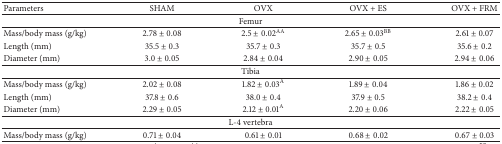
<table><thead><tr><td><b>Parameters</b></td><td><b>SHAM</b></td><td><b>OVX</b></td><td><b>OVX + ES</b></td><td><b>OVX + FRM</b></td></tr></thead><tbody><tr><td colspan="5">Femur</td></tr><tr><td>Mass/body mass (g/kg)</td><td>2.78 ± 0.08</td><td>2.5 ± 0.02<sup>AA</sup></td><td>2.65 ± 0.03<sup>BB</sup></td><td>2.61 ± 0.07</td></tr><tr><td>Length (mm)</td><td>35.5 ± 0.3</td><td>35.7 ± 0.3</td><td>35.7 ± 0.5</td><td>35.6 ± 0.2</td></tr><tr><td>Diameter (mm)</td><td>3.0 ± 0.05</td><td>2.84 ± 0.04</td><td>2.90 ± 0.05</td><td>2.94 ± 0.06</td></tr><tr><td colspan="5">Tibia</td></tr><tr><td>Mass/body mass (g/kg)</td><td>2.02 ± 0.08</td><td>1.82 ± 0.03<sup>A</sup></td><td>1.89 ± 0.04</td><td>1.86 ± 0.02</td></tr><tr><td>Length (mm)</td><td>37.8 ± 0.6</td><td>38.0 ± 0.4</td><td>37.9 ± 0.5</td><td>38.2 ± 0.4</td></tr><tr><td>Diameter (mm)</td><td>2.29 ± 0.05</td><td>2.12 ± 0.01<sup>A</sup></td><td>2.20 ± 0.06</td><td>2.22 ± 0.05</td></tr><tr><td colspan="5">L-4 vertebra</td></tr><tr><td>Mass/body mass (g/kg)</td><td>0.71 ± 0.04</td><td>0.61 ± 0.01</td><td>0.68 ± 0.02</td><td>0.67 ± 0.03</td></tr></tbody></table>